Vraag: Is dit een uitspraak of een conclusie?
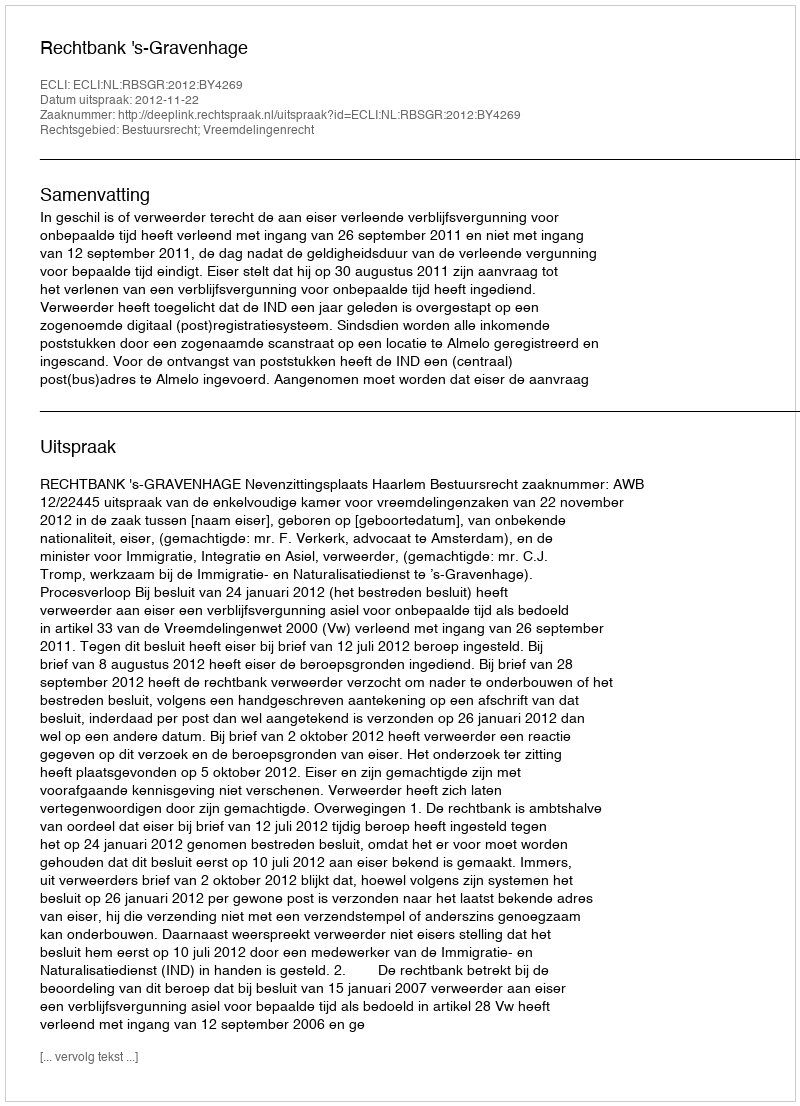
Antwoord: Uitspraak